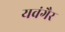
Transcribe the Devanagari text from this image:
यवंगैर